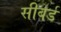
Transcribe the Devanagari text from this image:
सीबर्ड